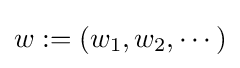
w:=(w_{1},w_{2},\cdots )